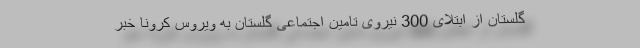
گلستان از ابتلای 300 نیروی تامین اجتماعی گلستان به ویروس کرونا خبر